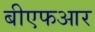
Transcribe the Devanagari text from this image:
बीएफआर